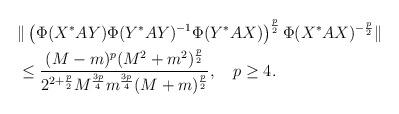
LaTeX: \begin{align*}&\|\left(\Phi(X^*AY)\Phi(Y^*AY)^{-1}\Phi(Y^*AX)\right)^{\frac{p}{2}}\Phi(X^*AX)^{-\frac{p}{2}}\|\\&\le \frac{(M-m)^{p}(M^2+m^2)^{\frac{p}{2}}}{2^{2+\frac{p}{2}} M^{\frac{3p}{4}}m^{\frac{3p}{4}}(M+m)^{\frac{p}{2}}},~~~p\ge 4.\end{align*}